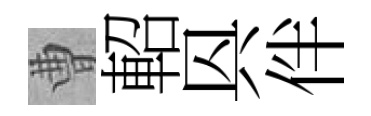
曹軺㒷伴